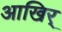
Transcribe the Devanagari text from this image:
आखिर्